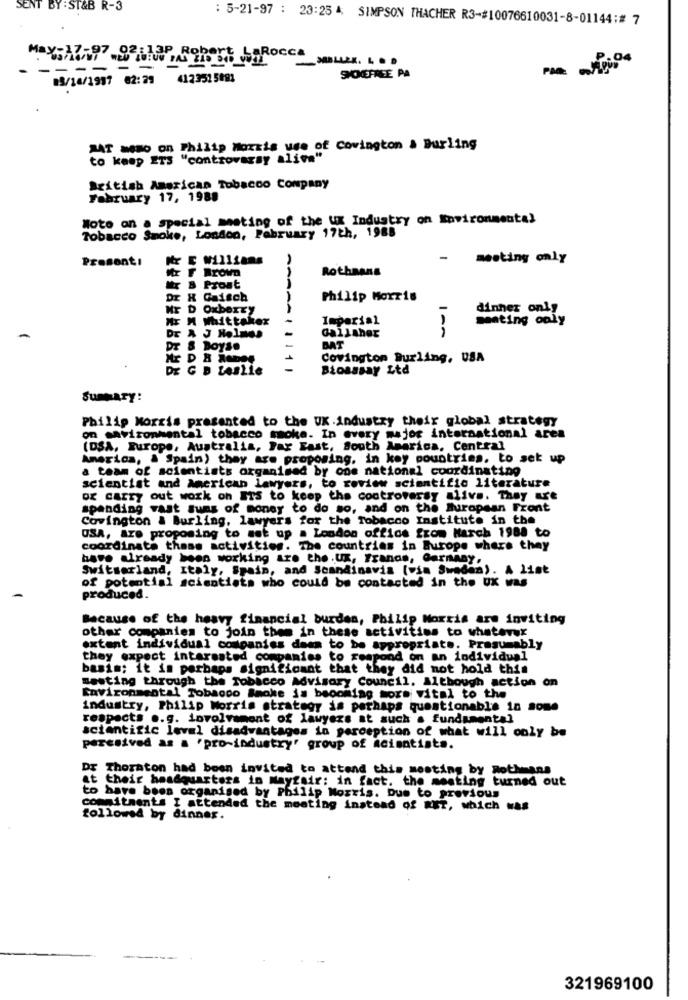
SENT BY : ST&B R-3
: 5-21-97 : 23:25 4; SIMPSON THACHER R3-#10076610031-8-01144:# 7
ap Robert LaRocca
PAR appios
-
-
89/16/1997 82:29
412351 5991
SPONIEFREE PA
MAT aso on Philip Morris use of Covington & Burling
to keep ETS "controversy alive"
British American Tobacco Company
February 17, 1988
Moto on a special meeting of the UX Industry on Environmental
Tobacco Smoke, London, Pabruary 17th, 1988
Presenti
williams
- meeting only
Mr F Brown
Rothaans
Ir B Prost
DI X Gaisch
Philip Morris
ME D Oxberty
-
dinner only
HT M Whittaker
Imperial
seating only
-
Dr & J Holmes
Gallaher
MAT
DT S Boys.
Covington Burling, USA
DE G D Leslie
Bioassay Ltd
SUMMATY!
Philip Morris presented to the UK .industry their global strategy
on environmental tobacco moke. In every major international area
(DSA, Europe, Australia, Far East, South America, Central
America, & Spain) they are proposing, in key countries, to set up
a team of scientists organised by one national coordinating
scientist and American lawyers, to review scientific literature
ox carry out work on ITS to keep the controversy alive. They are
spending vast suns of money to do so, and on the Buropean Front
Covington & Burling, lawyers for the Tobacco Institute in the
USA, Are proposing to set up a London office from March 1988 to
coordinate these activities. The countries in Europe where they
have already been working are the . UX, France, Germany,
Switzerland, Italy, Spain, and Scandinavia (vin Sweden). A list
of potential scientists who could be contacted in the UK was
produced.
Because of the heavy financial burden, Philip Morris are inviting
other companies to join them in these activities to whatever
extent individual companies daan to be appropriate. Presumably
they expect interested companies to respond on an individual
basis; it is perhaps significant that they did not hold this
mesting through the Tobacco Advisory Council. Although action on
Environmental Tobacco Smoke is becoming more vital to the
industry, Philip Morris strategy is perhaps questionable in some
respects .. g. involvement of lawyers at such a fundamental
scientific level disadvantages in perception of what will only be
perceived as a 'pro-industry' group of acientista.
Dr Thornton had been invited to attend this meeting by Rothmans
at their headquarters in Mayfair: in fact. the meeting turned out
to have been organised by Philip Morris. Due to previous
commitments I attended the meeting instead of RET, which was
followed by dinner.
321969100